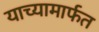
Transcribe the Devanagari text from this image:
याच्यामार्फत